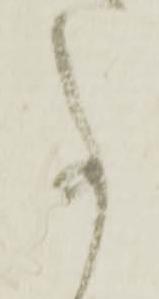
事